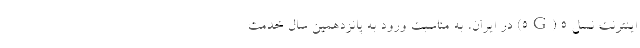
اینترنت نسل 5 (5G) در ایران، به مناسبت ورود به پانزدهمین سال خدمت